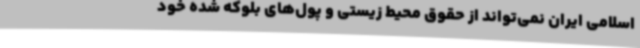
اسلامی ایران نمی‌تواند از حقوق محیط زیستی و پول‌های بلوکه شده خود